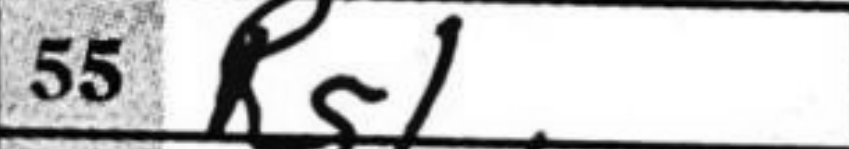
Transcription: Rg1